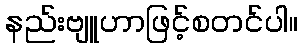
နည်းဗျူဟာဖြင့်စတင်ပါ။